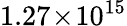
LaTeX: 1.27\! \times\! 10^{15}